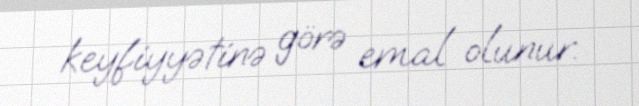
keyfiyyətinə görə emal olunur.